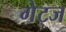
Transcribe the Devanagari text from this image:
गेट्ज